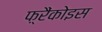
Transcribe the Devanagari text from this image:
फ़्रैंकोइस